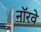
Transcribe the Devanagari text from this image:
नाॅरवे